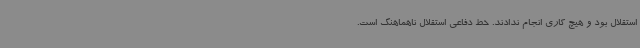
استقلال بود و هیچ کاری انجام ندادند. خط دفاعی استقلال ناهماهنگ است.